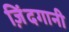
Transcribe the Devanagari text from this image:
ज़िंदगानी